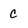
Character: c